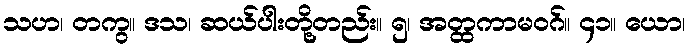
သဟ၊ တကွ။ ဒသ၊ ဆယ်ပါးတို့တည်း။ ၅၊ အတ္ထကာမဝဂ်။ ၄၁။ ယော၊